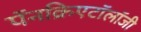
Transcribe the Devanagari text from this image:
पॅनक्रिएटॉलॉजी